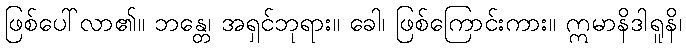
ဖြစ်ပေါ်လာ၏။ ဘန္တေ၊ အရှင်ဘုရား။ ခေါ၊ ဖြစ်ကြောင်းကား။ ဣမာနိဒါရူနိ၊